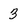
Character: 3